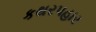
કથરપહાર